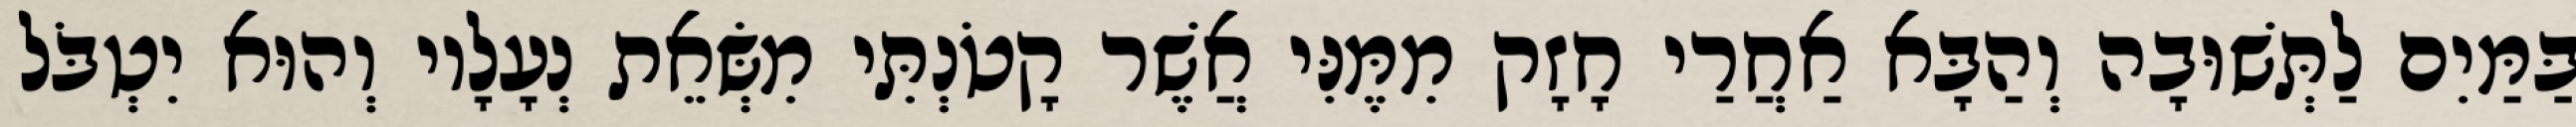
בַּמַּיִם לַתְּשׁוּבָה וְהַבָּא אַחֲרַי חָזָק מִמֶּנִּי אֲשֶׁר קָטֹנְתִּי מִשְּׂאֵת נְעָלָיו וְהוּא יִטְבֹּל